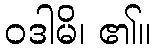
ဝဒါမိ၊ ၏။